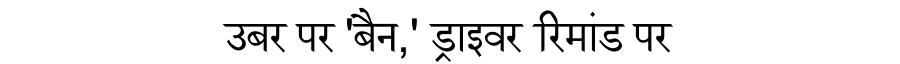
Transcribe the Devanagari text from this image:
उबर पर 'बैन,' ड्राइवर रिमांड पर